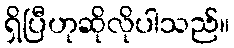
ရှိပြီဟုဆိုလိုပါသည်။